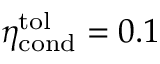
\eta _ { \mathrm { c o n d } } ^ { \mathrm { t o l } } = 0 . 1